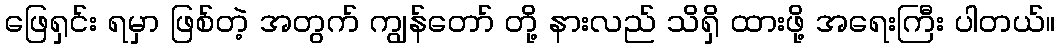
ဖြေရှင်း ရမှာ ဖြစ်တဲ့ အတွက် ကျွန်တော် တို့ နားလည် သိရှိ ထားဖို့ အရေးကြီး ပါတယ်။